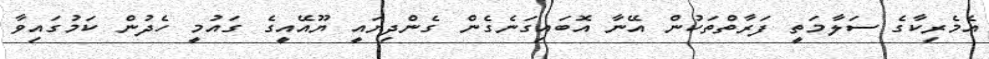
އެމެރިކާގެ ސަލާމަތީ ފަރާތްތަކުން އޭނާ އޮބައިގަނެގެން ގެންދިޔައީ ޔޫއޭއީގެ ގައުމީ ހެދުން ކަމުގައިވާ